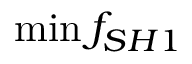
\operatorname* { m i n } { f _ { S H 1 } }